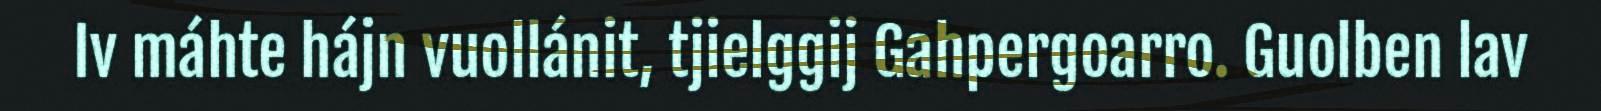
Iv máhte hájn vuollánit, tjielggij Gahpergoarro. Guolben lav